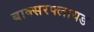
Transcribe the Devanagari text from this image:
बाक्सरफ्लायड